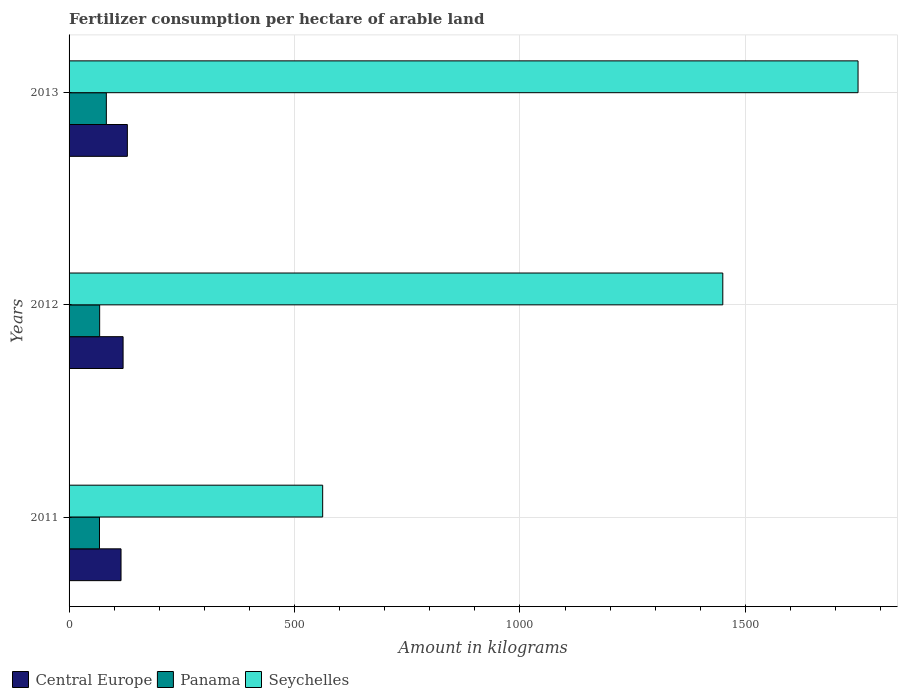
| Years | Central Europe | Panama | Seychelles |
 | --- | --- | --- | --- |
 | 2011 | 115 | 67.5 | 562 |
 | 2012 | 120 | 67.9 | 1.45e+03 |
 | 2013 | 129 | 82.7 | 1.75e+03 |